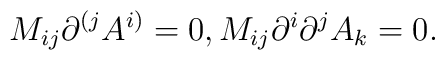
M_{ij}\partial ^{(j}A^{i)}=0,M_{ij}\partial ^{i}\partial ^{j}A_{k}=0.